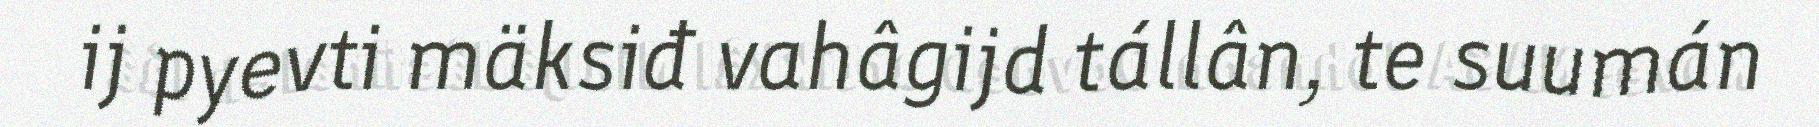
ij pyevti mäksiđ vahâgijd tállân, te suumán